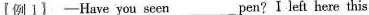
【例1】 —Have you seen___pen?I left here this